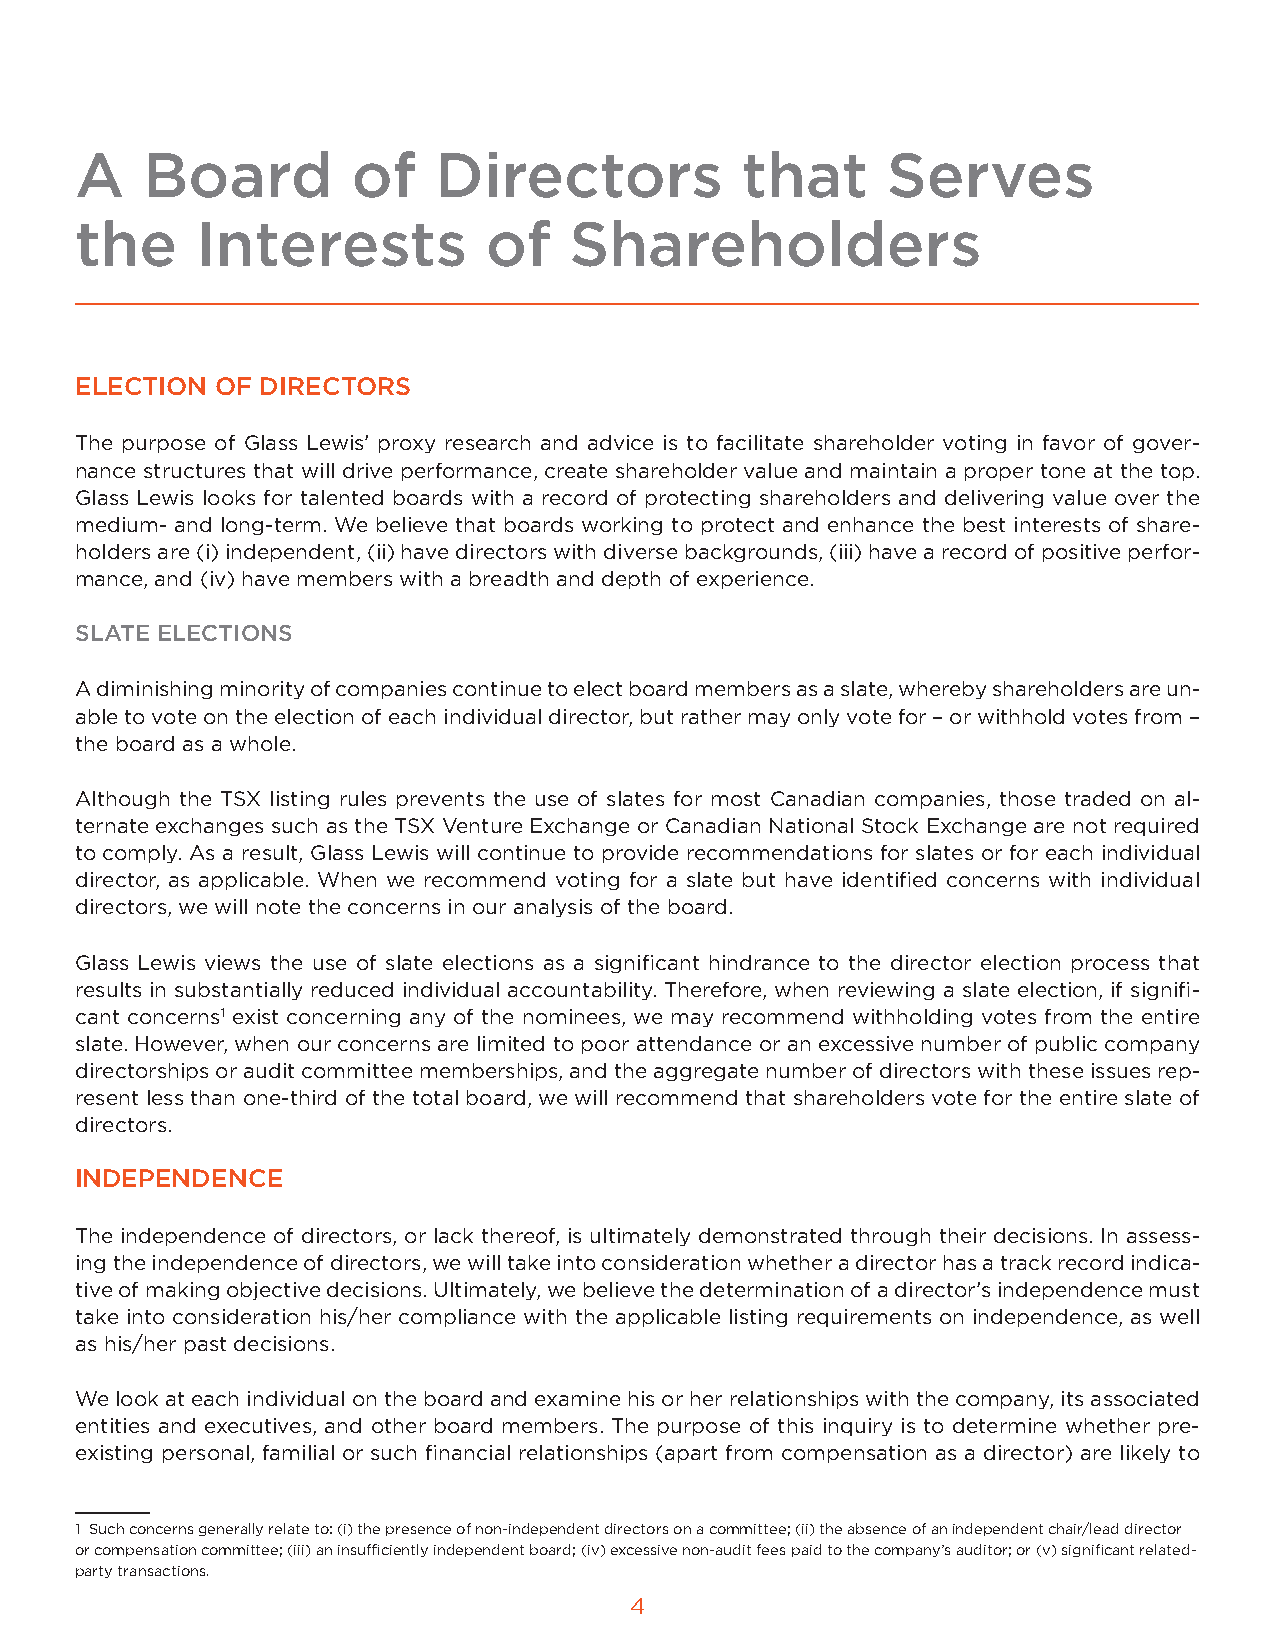
A   Board         of    Directors           that      Serves
 the     Interests          of    Shareholders
 ELECTION OF DIRECTORS
 The purpose of Glass Lewis’ proxy research and advice is to facilitate shareholder voting in favor of gover-
 nance structures that will drive performance, create shareholder value and maintain a proper tone at the top.
 Glass Lewis looks for talented boards with a record of protecting shareholders and delivering value over the
 medium- and long-term. We believe that boards working to protect and enhance the best interests of share-
 holders are (i) independent, (ii) have directors with diverse backgrounds, (iii) have a record of positive perfor-
 mance, and (iv) have members with a breadth and depth of experience.
 SLATE ELECTIONS
 A diminishing minority of companies continue to elect board members as a slate, whereby shareholders are un-
 able to vote on the election of each individual director, but rather may only vote for – or withhold votes from –
 the board as a whole.
 Although the TSX listing rules prevents the use of slates for most Canadian companies, those traded on al-
 ternate exchanges such as the TSX Venture Exchange or Canadian National Stock Exchange are not required
 to comply. As a result, Glass Lewis will continue to provide recommendations for slates or for each individual
 director, as applicable. When we recommend voting for a slate but have identified concerns with individual
 directors, we will note the concerns in our analysis of the board.
 Glass Lewis views the use of slate elections as a significant hindrance to the director election process that
 results in substantially reduced individual accountability. Therefore, when reviewing a slate election, if signifi-
 cant concerns1 exist concerning any of the nominees, we may recommend withholding votes from the entire
 slate. However, when our concerns are limited to poor attendance or an excessive number of public company
 directorships or audit committee memberships, and the aggregate number of directors with these issues rep-
 resent less than one-third of the total board, we will recommend that shareholders vote for the entire slate of
 directors.
 INDEPENDENCE
 The independence of directors, or lack thereof, is ultimately demonstrated through their decisions. In assess-
 ing the independence of directors, we will take into consideration whether a director has a track record indica-
 tive of making objective decisions. Ultimately, we believe the determination of a director’s independence must
 take into consideration his/her compliance with the applicable listing requirements on independence, as well
 as his/her past decisions.
 We look at each individual on the board and examine his or her relationships with the company, its associated
 entities and executives, and other board members. The purpose of this inquiry is to determine whether pre-
 existing personal, familial or such financial relationships (apart from compensation as a director) are likely to
 1 Such concerns generally relate to: (i) the presence of non-independent directors on a committee; (ii) the absence of an independent chair/lead director
 or compensation committee; (iii) an insufficiently independent board; (iv) excessive non-audit fees paid to the company’s auditor; or (v) significant related-
 party transactions.
 4